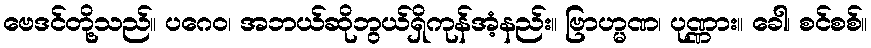
ဗေဒင်တို့သည်။ ပဂေဝ၊ အဘယ်ဆိုဘွယ်ရှိကုန်အံ့နည်း။ ဗြာဟ္မဏ၊ ပုဏ္ဏား။ ခေါ၊ စင်စစ်။